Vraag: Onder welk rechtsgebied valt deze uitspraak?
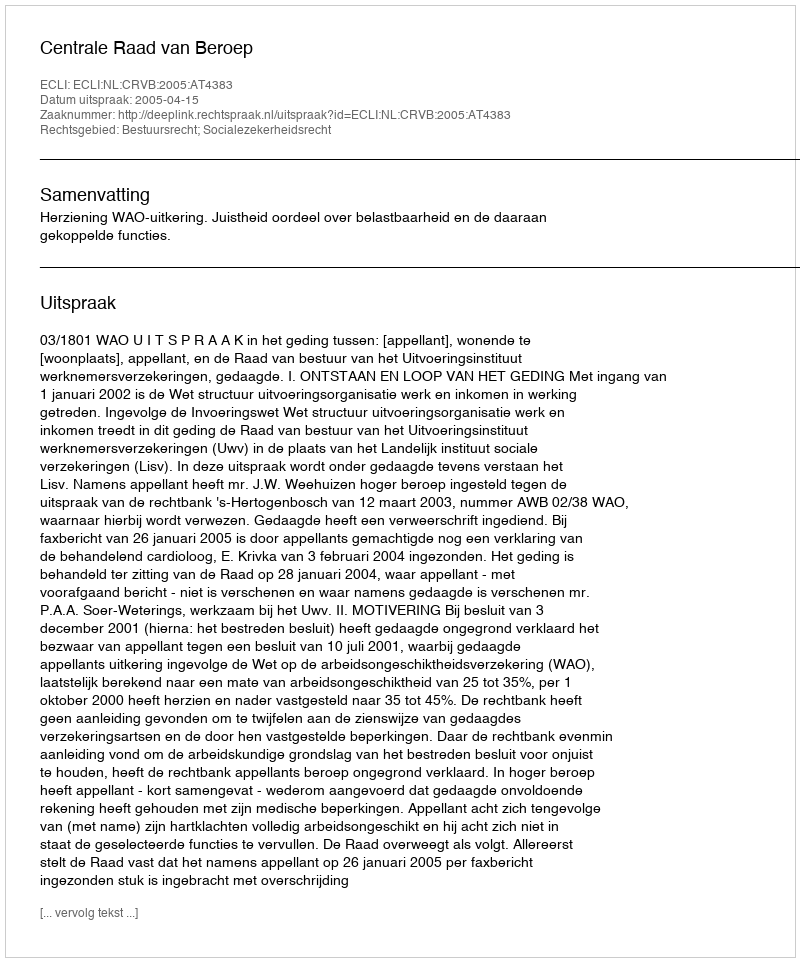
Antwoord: Bestuursrecht; Socialezekerheidsrecht